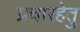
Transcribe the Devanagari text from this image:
प्रचारहेतु